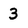
Character: 3